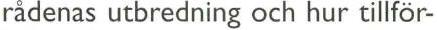
rådenas utbredning och hur tillför-